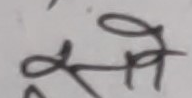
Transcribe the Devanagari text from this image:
ओ केही